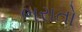
ભરાતો